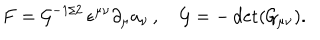
LaTeX: F = { \cal G } ^ { - 1 / 2 } \, \epsilon ^ { \mu \nu } \partial _ { \mu } a _ { \nu } \, , \quad { \cal G } = - \det ( { \cal G } _ { \mu \nu } ) .